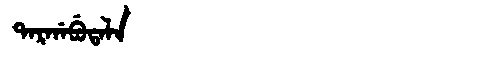
Manchu: ᡨᠠᡵᡤᠠᠪᡠᡨᠠᠯᠠ
Romanization: TARGABUTALA